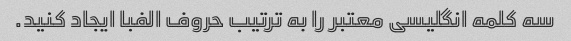
سه کلمه انگلیسی معتبر را به ترتیب حروف الفبا ایجاد کنید.